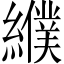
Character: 纀